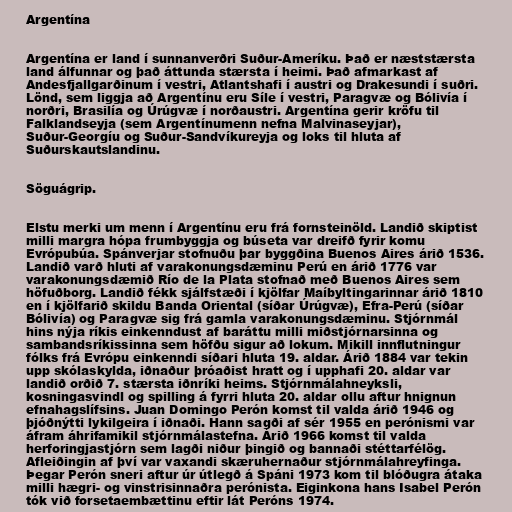
Argentína

Argentína er land í sunnanverðri Suður-Ameríku. Það er næststærsta
land álfunnar og það áttunda stærsta í heimi. Það afmarkast af
Andesfjallgarðinum í vestri, Atlantshafi í austri og Drakesundi í suðri.
Lönd, sem liggja að Argentínu eru Síle í vestri, Paragvæ og Bólivía í
norðri, Brasilía og Úrúgvæ í norðaustri. Argentína gerir kröfu til
Falklandseyja (sem Argentínumenn nefna Malvinaseyjar),
Suður-Georgíu og Suður-Sandvíkureyja og loks til hluta af
Suðurskautslandinu.

Söguágrip.

Elstu merki um menn í Argentínu eru frá fornsteinöld. Landið skiptist
milli margra hópa frumbyggja og búseta var dreifð fyrir komu
Evrópubúa. Spánverjar stofnuðu þar byggðina Buenos Aires árið 1536.
Landið varð hluti af varakonungsdæminu Perú en árið 1776 var
varakonungsdæmið Río de la Plata stofnað með Buenos Aires sem
höfuðborg. Landið fékk sjálfstæði í kjölfar Maíbyltingarinnar árið 1810
en í kjölfarið skildu Banda Oriental (síðar Úrúgvæ), Efra-Perú (síðar
Bólivía) og Paragvæ sig frá gamla varakonungsdæminu. Stjórnmál
hins nýja ríkis einkenndust af baráttu milli miðstjórnarsinna og
sambandsríkissinna sem höfðu sigur að lokum. Mikill innflutningur
fólks frá Evrópu einkenndi síðari hluta 19. aldar. Árið 1884 var tekin
upp skólaskylda, iðnaður þróaðist hratt og í upphafi 20. aldar var
landið orðið 7. stærsta iðnríki heims. Stjórnmálahneyksli,
kosningasvindl og spilling á fyrri hluta 20. aldar ollu aftur hnignun
efnahagslífsins. Juan Domingo Perón komst til valda árið 1946 og
þjóðnýtti lykilgeira í iðnaði. Hann sagði af sér 1955 en perónismi var
áfram áhrifamikil stjórnmálastefna. Árið 1966 komst til valda
herforingjastjórn sem lagði niður þingið og bannaði stéttarfélög.
Afleiðingin af því var vaxandi skæruhernaður stjórnmálahreyfinga.
Þegar Perón sneri aftur úr útlegð á Spáni 1973 kom til blóðugra átaka
milli hægri- og vinstrisinnaðra perónista. Eiginkona hans Isabel Perón
tók við forsetaembættinu eftir lát Peróns 1974.